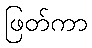
ဖြတ်ကာ